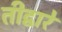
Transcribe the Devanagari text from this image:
तीद्वारे